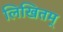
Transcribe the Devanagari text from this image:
लिखितम्